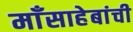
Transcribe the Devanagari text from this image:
माँसाहेबांची